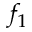
f _ { 1 }